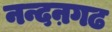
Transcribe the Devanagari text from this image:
नन्दऩगढ